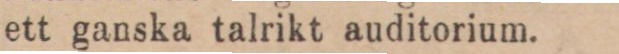
ett ganska talrikt auditorium. — u —